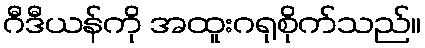
ဂီဒီယန်ကို အထူးဂရုစိုက်သည်။